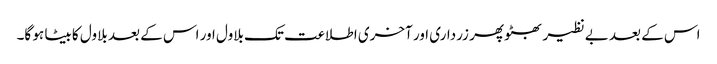
اس کے بعد بے نظیر بھٹو پھر زرداری اور آخری اطلاعت تک بلاول اور اس کے بعد بلاول کا بیٹا ہو گا۔